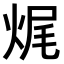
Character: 𤈦